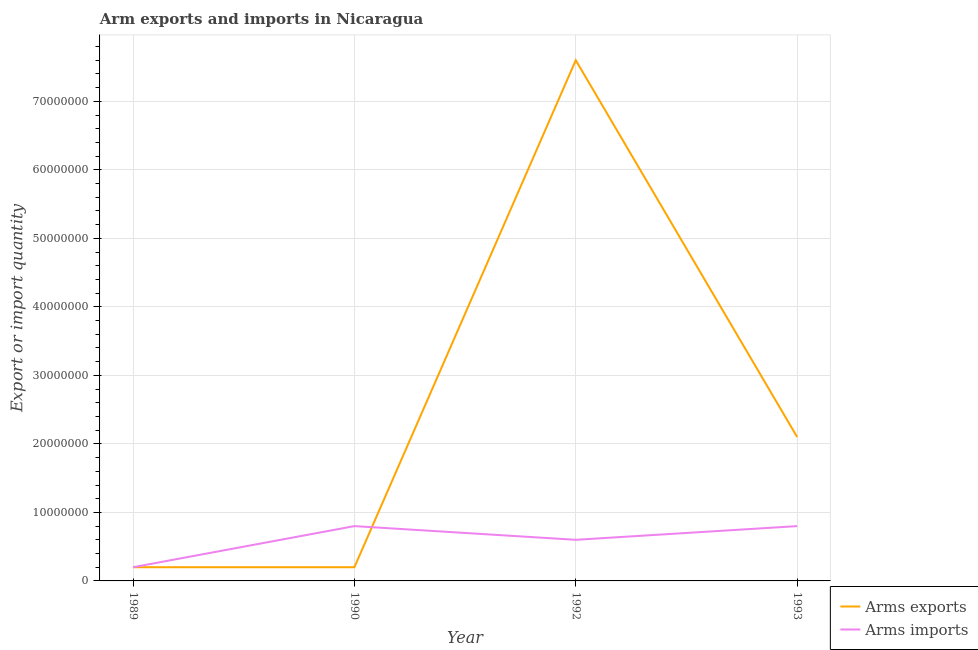
| Year | Arms exports | Arms imports |
 | --- | --- | --- |
 | 1989 | 2e+06 | 2e+06 |
 | 1990 | 2e+06 | 8e+06 |
 | 1992 | 7.6e+07 | 6e+06 |
 | 1993 | 2.1e+07 | 8e+06 |